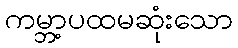
ကမ္ဘာ့ပထမဆုံးသော